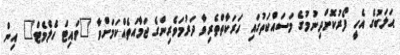
ޙަލަބުގެ އެހީ ފޯރުކޮށްދިނުމުގެ މަސައްކަތުގައި ހަރަކާތްތެރިވާ ދަރުމަވެރިންގެ ޖަމާއަތެއްކަމަށްވާ "ވައިޓް ހެލެމެޓް" އިން